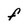
Character: F